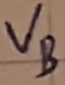
Text: VB